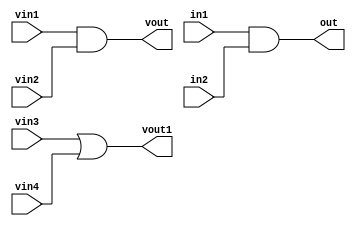
module f17_test(in1, in2, vin1, vin2, out, vout, vin3, vin4, vout1 );
input in1, in2;
input [1:0] vin1;
input [3:0] vin2;
input [1:0] vin3;
input [3:0] vin4;
output vout, vout1;
output out;
assign out = in1 && in2;
assign vout = vin1 && vin2;
assign vout1 = vin3 || vin4;
endmodule